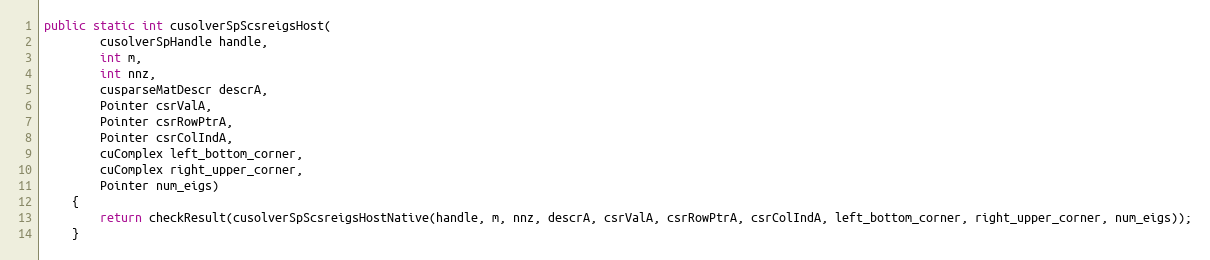
Language: Java
public static int cusolverSpScsreigsHost(
        cusolverSpHandle handle,
        int m,
        int nnz,
        cusparseMatDescr descrA,
        Pointer csrValA,
        Pointer csrRowPtrA,
        Pointer csrColIndA,
        cuComplex left_bottom_corner,
        cuComplex right_upper_corner,
        Pointer num_eigs)
    {
        return checkResult(cusolverSpScsreigsHostNative(handle, m, nnz, descrA, csrValA, csrRowPtrA, csrColIndA, left_bottom_corner, right_upper_corner, num_eigs));
    }